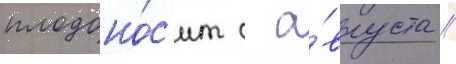
плодоно́с'ит с а́вгуста //